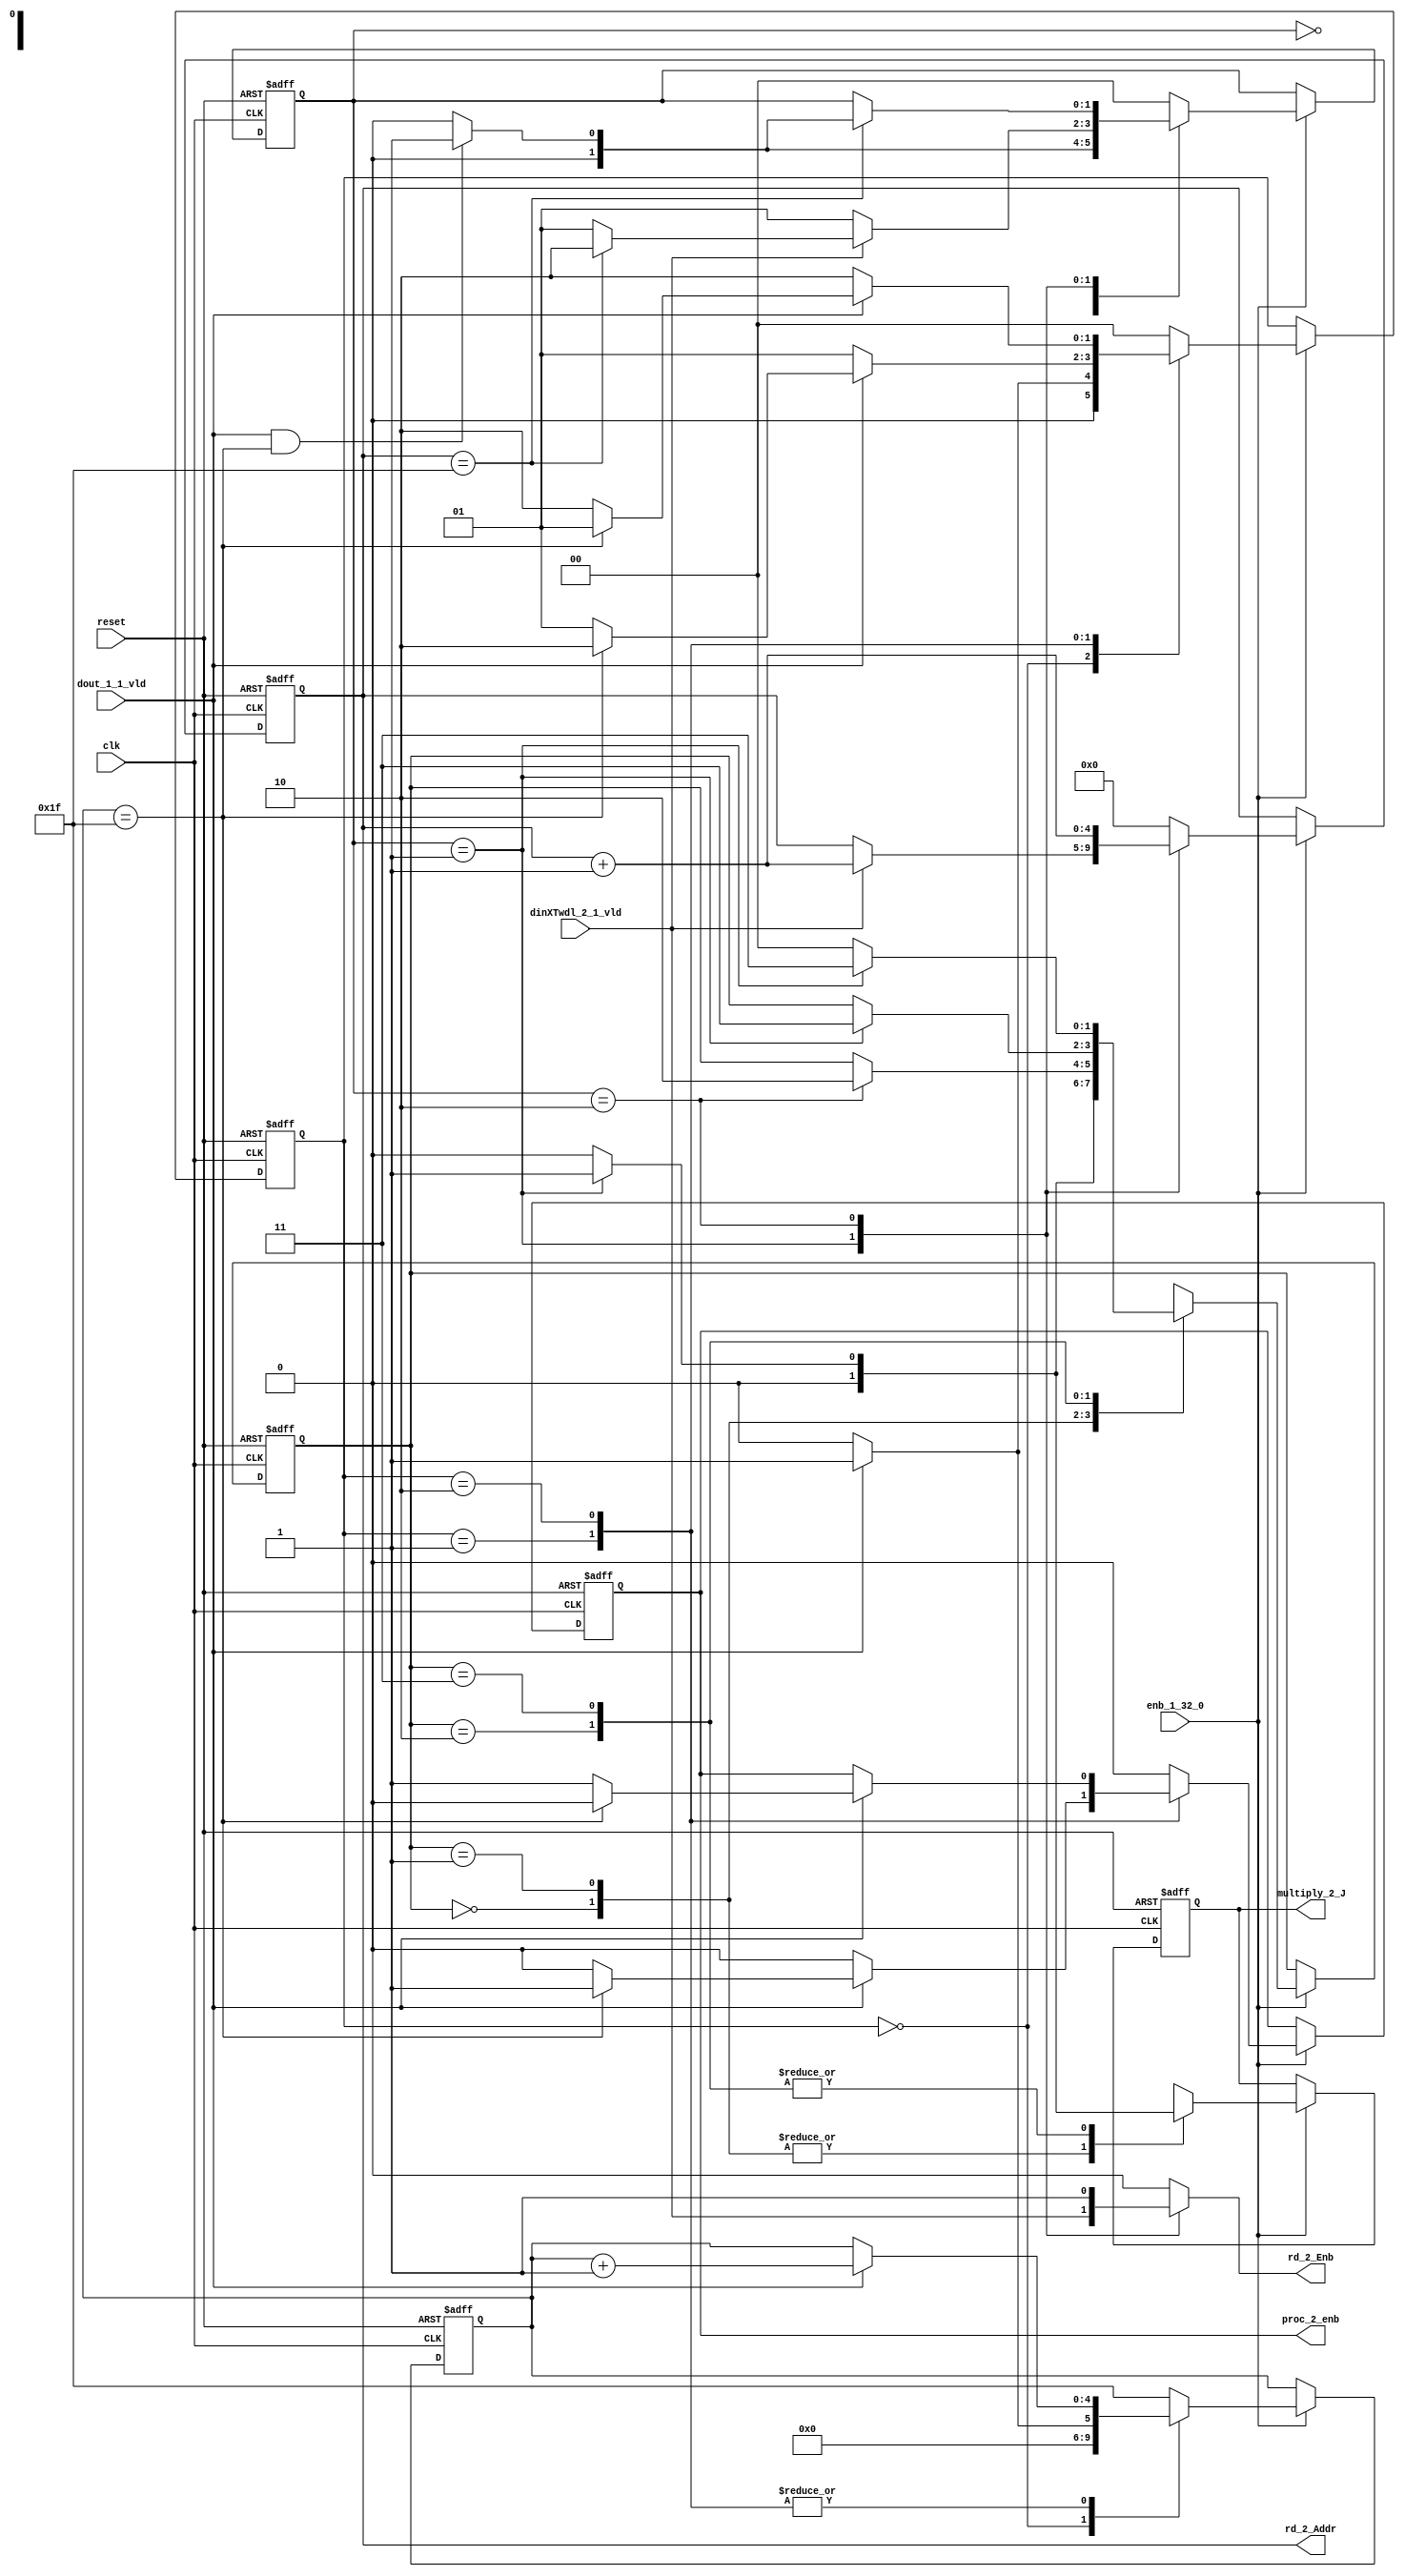
// -------------------------------------------------------------
// 
// 
// Generated by MATLAB 9.13 and HDL Coder 4.0
// 
// -------------------------------------------------------------


// -------------------------------------------------------------
// 
// Module: whdlOFDMTx_RADIX22FFT_CTRL1_2
// Source Path: dsphdl.IFFT/RADIX22FFT_CTRL1_2
// Hierarchy Level: 5
// 
// -------------------------------------------------------------

`timescale 1 ns / 1 ns

module whdlOFDMTx_RADIX22FFT_CTRL1_2
          (clk,
           reset,
           enb_1_32_0,
           dout_1_1_vld,
           dinXTwdl_2_1_vld,
           rd_2_Addr,
           rd_2_Enb,
           proc_2_enb,
           multiply_2_J);


  input   clk;
  input   reset;
  input   enb_1_32_0;
  input   dout_1_1_vld;
  input   dinXTwdl_2_1_vld;
  output  [4:0] rd_2_Addr;  // ufix5
  output  rd_2_Enb;
  output  proc_2_enb;
  output  multiply_2_J;


  reg [4:0] SDFController_wrCount;  // ufix5
  reg [1:0] SDFController_wrState;  // ufix2
  reg [1:0] SDFController_rdState;  // ufix2
  reg [4:0] SDFController_rdAddr_reg;  // ufix5
  reg  SDFController_procEnb_reg;
  reg [1:0] SDFController_multjState;  // ufix2
  reg  SDFController_multiply_J_reg;
  reg [4:0] SDFController_wrCount_next;  // ufix5
  reg [1:0] SDFController_wrState_next;  // ufix2
  reg [1:0] SDFController_rdState_next;  // ufix2
  reg [4:0] SDFController_rdAddr_reg_next;  // ufix5
  reg  SDFController_procEnb_reg_next;
  reg [1:0] SDFController_multjState_next;  // ufix2
  reg  SDFController_multiply_J_reg_next;
  reg [4:0] rd_2_Addr_1;  // ufix5
  reg  rd_2_Enb_1;
  reg  proc_2_enb_1;
  reg  multiply_2_J_1;


  // SDFController
  always @(posedge clk or posedge reset)
    begin : SDFController_process
      if (reset == 1'b1) begin
        SDFController_wrCount <= 5'b00000;
        SDFController_rdAddr_reg <= 5'b00000;
        SDFController_wrState <= 2'b00;
        SDFController_rdState <= 2'b00;
        SDFController_multjState <= 2'b00;
        SDFController_procEnb_reg <= 1'b0;
        SDFController_multiply_J_reg <= 1'b0;
      end
      else begin
        if (enb_1_32_0) begin
          SDFController_wrCount <= SDFController_wrCount_next;
          SDFController_wrState <= SDFController_wrState_next;
          SDFController_rdState <= SDFController_rdState_next;
          SDFController_rdAddr_reg <= SDFController_rdAddr_reg_next;
          SDFController_procEnb_reg <= SDFController_procEnb_reg_next;
          SDFController_multjState <= SDFController_multjState_next;
          SDFController_multiply_J_reg <= SDFController_multiply_J_reg_next;
        end
      end
    end

  always @(SDFController_multiply_J_reg, SDFController_multjState,
       SDFController_procEnb_reg, SDFController_rdAddr_reg,
       SDFController_rdState, SDFController_wrCount, SDFController_wrState,
       dinXTwdl_2_1_vld, dout_1_1_vld) begin
    SDFController_wrCount_next = SDFController_wrCount;
    SDFController_wrState_next = SDFController_wrState;
    SDFController_rdState_next = SDFController_rdState;
    SDFController_rdAddr_reg_next = SDFController_rdAddr_reg;
    SDFController_procEnb_reg_next = SDFController_procEnb_reg;
    SDFController_multjState_next = SDFController_multjState;
    SDFController_multiply_J_reg_next = SDFController_multiply_J_reg;
    case ( SDFController_multjState)
      2'b00 :
        begin
          SDFController_multjState_next = 2'b00;
          SDFController_multiply_J_reg_next = 1'b0;
          if (SDFController_rdState == 2'b01) begin
            SDFController_multjState_next = 2'b01;
          end
        end
      2'b01 :
        begin
          SDFController_multiply_J_reg_next = 1'b0;
          if (SDFController_rdState == 2'b10) begin
            SDFController_multjState_next = 2'b10;
          end
        end
      2'b10 :
        begin
          SDFController_multiply_J_reg_next = 1'b0;
          if (SDFController_rdState == 2'b01) begin
            SDFController_multjState_next = 2'b11;
            SDFController_multiply_J_reg_next = 1'b1;
          end
        end
      2'b11 :
        begin
          if (SDFController_rdState == 2'b01) begin
            SDFController_multjState_next = 2'b11;
            SDFController_multiply_J_reg_next = 1'b1;
          end
          else begin
            SDFController_multiply_J_reg_next = 1'b0;
            SDFController_multjState_next = 2'b00;
          end
        end
      default :
        begin
          SDFController_multjState_next = 2'b00;
          SDFController_multiply_J_reg_next = 1'b0;
        end
    endcase
    case ( SDFController_rdState)
      2'b00 :
        begin
          SDFController_rdState_next = 2'b00;
          SDFController_rdAddr_reg_next = 5'b00000;
          rd_2_Enb_1 = 1'b0;
          if (dout_1_1_vld && (SDFController_wrCount == 5'b11111)) begin
            SDFController_rdState_next = 2'b01;
          end
        end
      2'b01 :
        begin
          SDFController_rdState_next = 2'b01;
          rd_2_Enb_1 = dinXTwdl_2_1_vld;
          if (dinXTwdl_2_1_vld) begin
            if (SDFController_rdAddr_reg == 5'b11111) begin
              SDFController_rdState_next = 2'b10;
            end
            SDFController_rdAddr_reg_next = SDFController_rdAddr_reg + 5'b00001;
          end
        end
      2'b10 :
        begin
          rd_2_Enb_1 = 1'b1;
          if (SDFController_rdAddr_reg == 5'b11111) begin
            if (dout_1_1_vld && (SDFController_wrCount == 5'b11111)) begin
              SDFController_rdState_next = 2'b01;
            end
            else begin
              SDFController_rdState_next = 2'b00;
            end
          end
          SDFController_rdAddr_reg_next = SDFController_rdAddr_reg + 5'b00001;
        end
      default :
        begin
          SDFController_rdState_next = 2'b00;
          SDFController_rdAddr_reg_next = 5'b00000;
          rd_2_Enb_1 = 1'b0;
        end
    endcase
    case ( SDFController_wrState)
      2'b00 :
        begin
          SDFController_wrState_next = 2'b00;
          SDFController_wrCount_next = 5'b00000;
          SDFController_procEnb_reg_next = 1'b0;
          if (dout_1_1_vld) begin
            SDFController_wrState_next = 2'b01;
            SDFController_wrCount_next = 5'b00001;
          end
        end
      2'b01 :
        begin
          SDFController_wrState_next = 2'b01;
          SDFController_procEnb_reg_next = 1'b0;
          if (dout_1_1_vld) begin
            if (SDFController_wrCount == 5'b11111) begin
              SDFController_wrState_next = 2'b10;
              SDFController_procEnb_reg_next = 1'b1;
            end
            else begin
              SDFController_wrState_next = 2'b01;
            end
            SDFController_wrCount_next = SDFController_wrCount + 5'b00001;
          end
        end
      2'b10 :
        begin
          SDFController_wrState_next = 2'b10;
          if (dout_1_1_vld) begin
            if (SDFController_wrCount == 5'b11111) begin
              SDFController_wrState_next = 2'b01;
              SDFController_procEnb_reg_next = 1'b0;
            end
            else begin
              SDFController_wrState_next = 2'b10;
              SDFController_procEnb_reg_next = 1'b1;
            end
            SDFController_wrCount_next = SDFController_wrCount + 5'b00001;
          end
        end
      default :
        begin
          SDFController_wrState_next = 2'b00;
          SDFController_wrCount_next = 5'b11111;
          SDFController_procEnb_reg_next = 1'b0;
        end
    endcase
    rd_2_Addr_1 = SDFController_rdAddr_reg;
    proc_2_enb_1 = SDFController_procEnb_reg;
    multiply_2_J_1 = SDFController_multiply_J_reg;
  end



  assign rd_2_Addr = rd_2_Addr_1;

  assign rd_2_Enb = rd_2_Enb_1;

  assign proc_2_enb = proc_2_enb_1;

  assign multiply_2_J = multiply_2_J_1;

endmodule  // whdlOFDMTx_RADIX22FFT_CTRL1_2